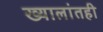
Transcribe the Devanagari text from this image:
ख्यालांतही